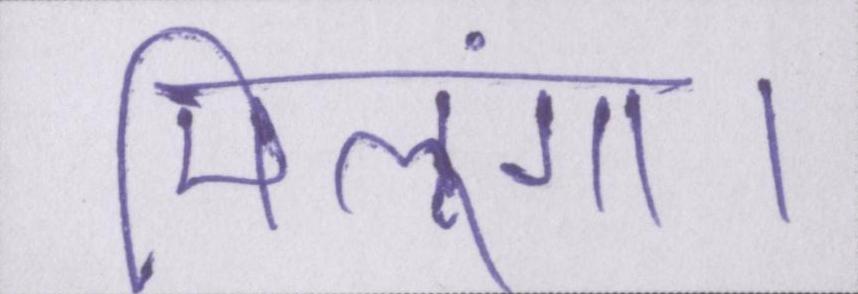
मिलूंगा।